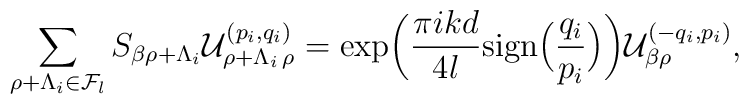
\sum_{\rho + \Lambda_i\in {\cal F}_{l}}S_{\beta \rho + \Lambda_i}{\cal U}^{(p_i, q_i)}_{\rho + \Lambda_i \, \rho} = \exp \biggl( {\pi i k d \over 4 l } {\rm sign}\Bigl( {q_i \over p_i} \Bigr) \biggr) {\cal U}^{(-q_i, p_i)}_{\beta \rho},